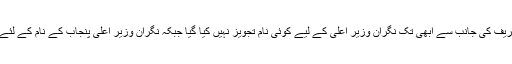
ذرائع کے مطابق صدر مسلم لیگ (ن) وزیر اعلیٰ پنجاب میاں محمد شہباز شریف کی جانب سے ابھی تک نگران وزیر اعلیٰ کے لیے کوئی نام تجویز نہیں کیا گیا جبکہ نگران وزیر اعلی پنجاب کے نام کے لئے میاں شہباز شریف کی جانب سے ابھی تک کمیٹی بھی تشکیل نہیں دی گئی۔